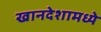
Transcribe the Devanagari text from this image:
खानदेशामध्ये